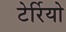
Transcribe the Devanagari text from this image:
टेर्रियो